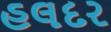
હલદર